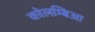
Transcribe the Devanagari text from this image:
कोलम्बिआ